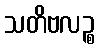
သတိဗလဉ္စ